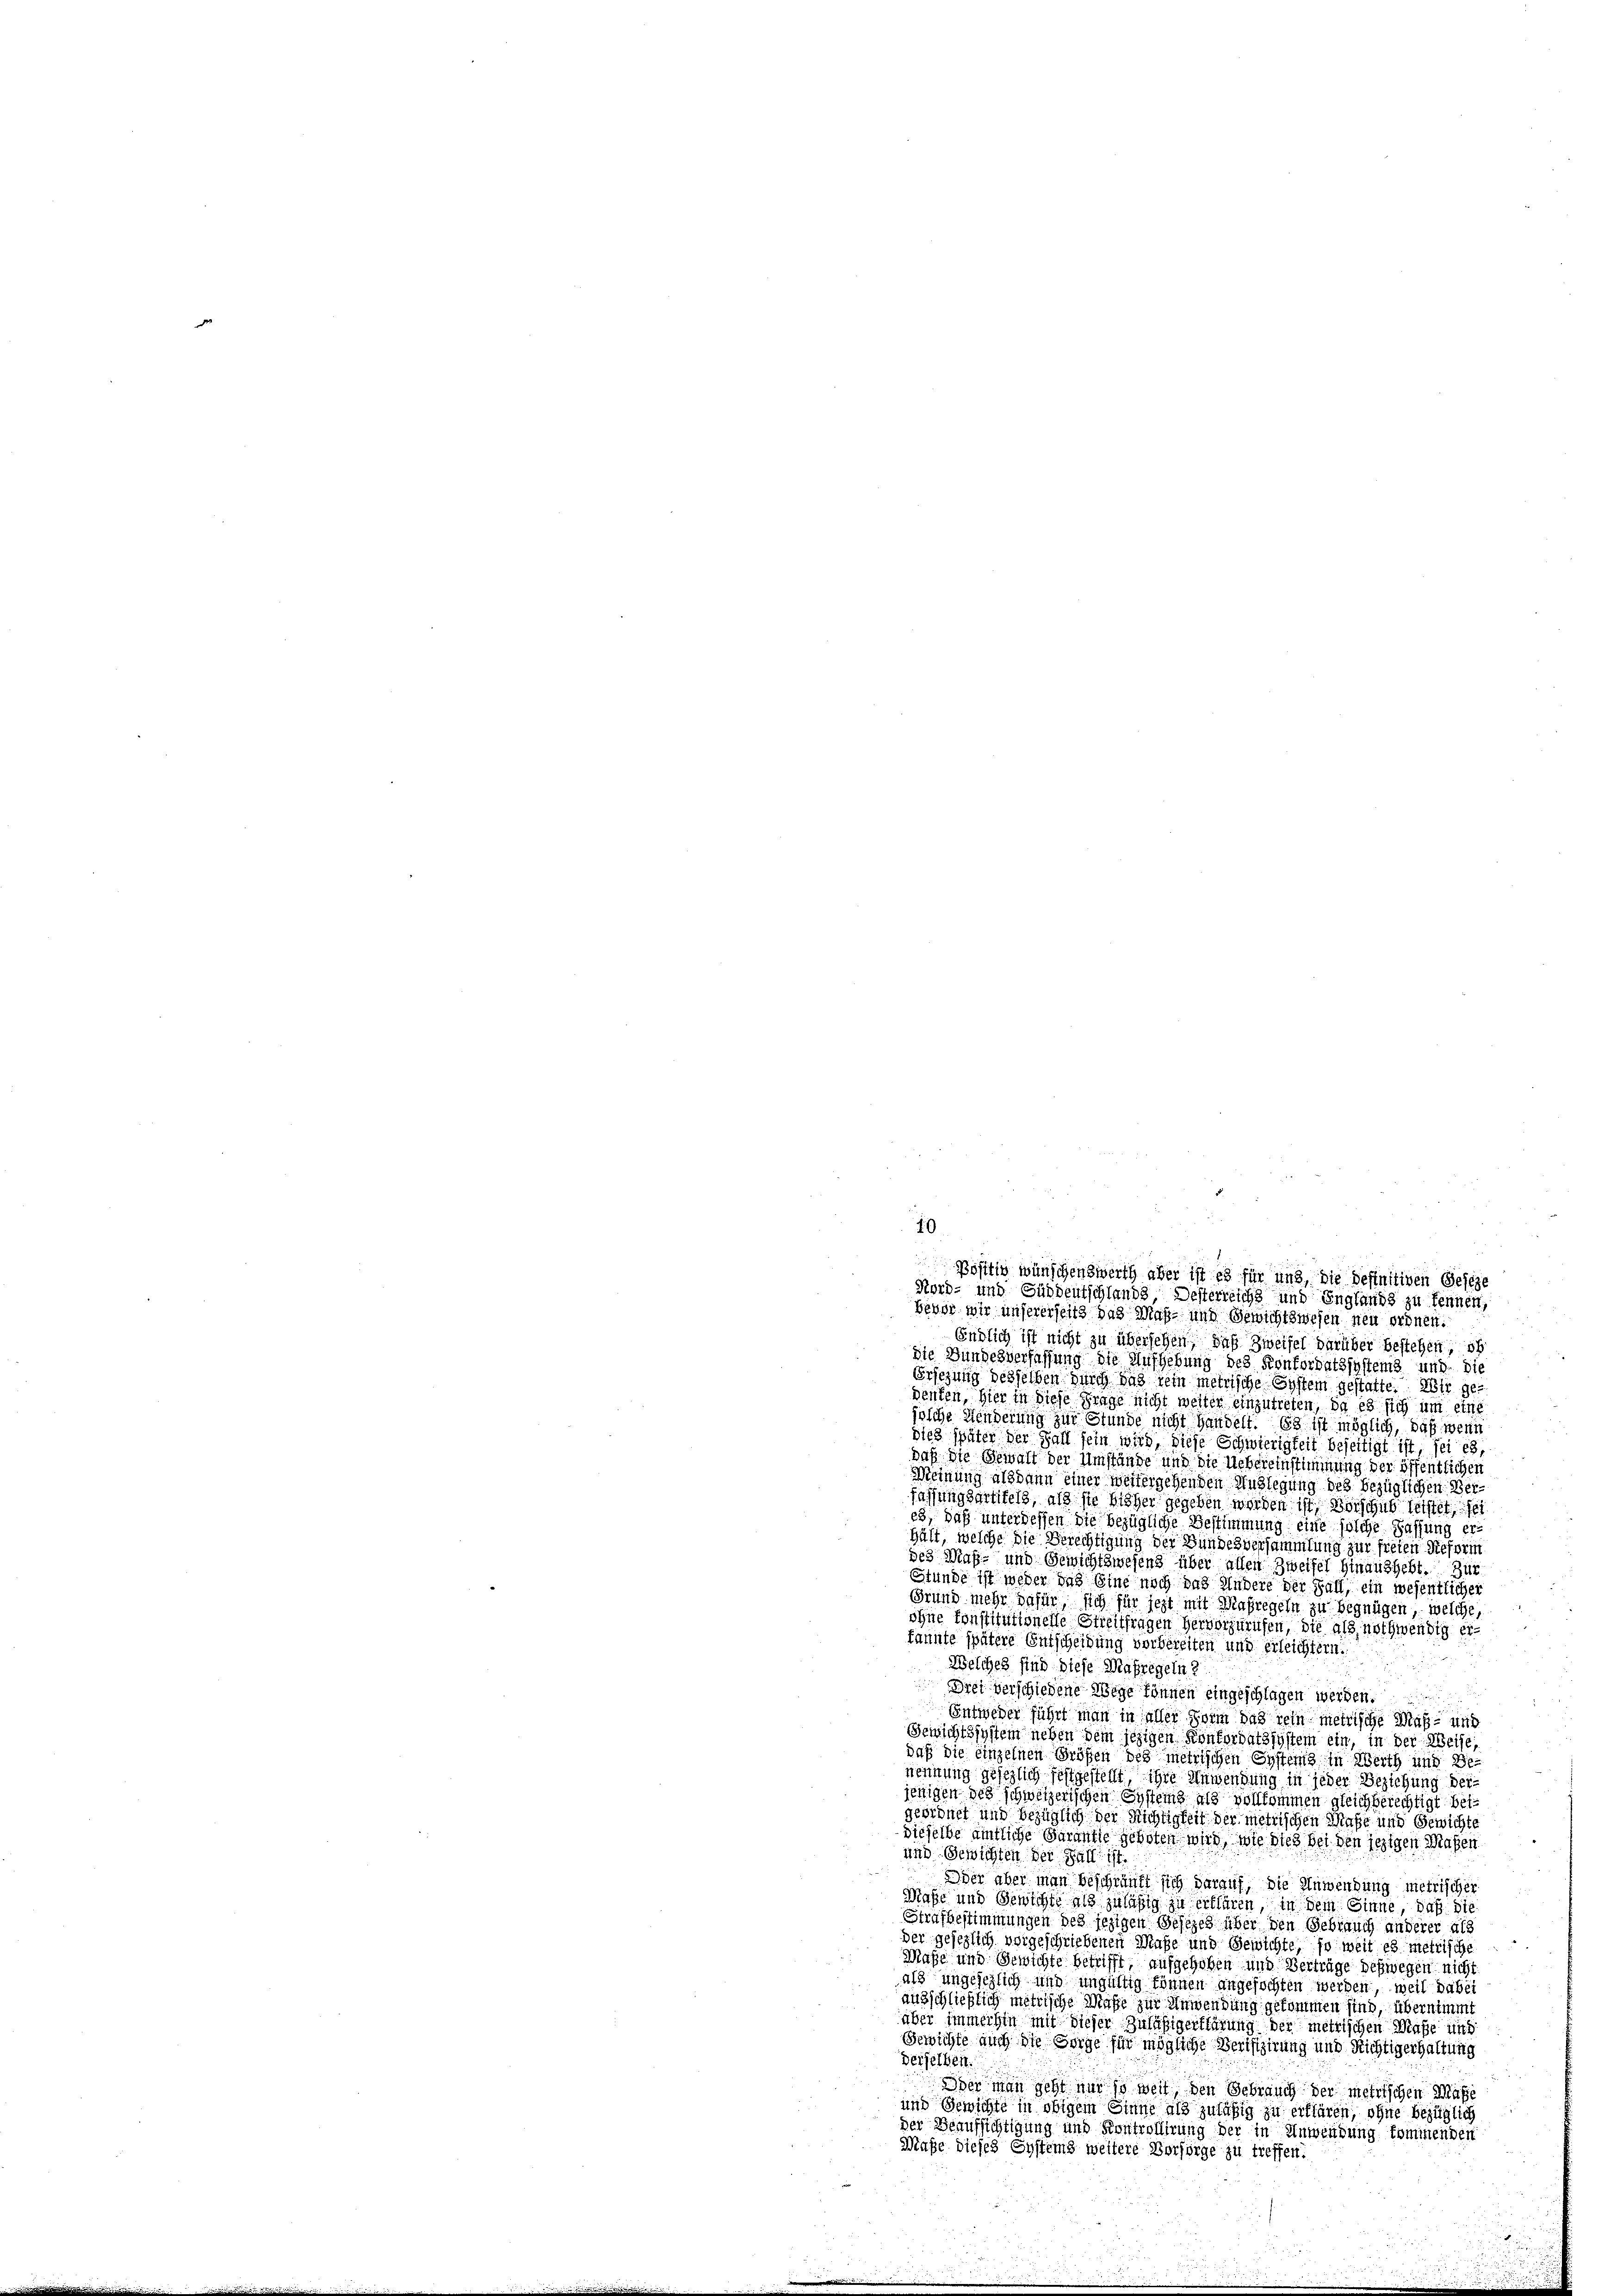
19
Endlich ist nicht zu übersehen, daß Zweifel darüber bestehen, ob
Die Gundesverfassung die Aufhebung des Konfordatssystems und die
Ersezung desselben durch bis kein metrische System gestatte. Wir gedenken, hier in diese Frage nicht weiter einzutreten, da es sich um eine
jolche Hinderung zur Stunde nicht Handelt. Es ist möglich, daß wenn
dies später der Fall sein wird, diese Schwierigkeit beseitigt ist, sei es,
Daß die Gewalt der Umstände und die Uebereinstimmung der öffentlichen
Meinung alsdann einer Weitergehenden Auslegung des bezüglichen Verfassungsartitels, als sie bisher gegeben worden ist, Vorschub leistet se
es, daß unter dessen die bezügliche Bestimmung eine solche Fassung erhält, welche die Berechtigung der Bundesversammlung zur freien Reform
des Maß- und Gewichtswesens über allen Zweifel hinaushebt. Zur
Stunde ist weder das Eine noch das Andere der Fall, ein wesentlicher
Grund mehr dafür, sich für jezt mit Maßregeln zu begnügen, welche,
ohne sonstitutionelle Streitfragen hervorzurufen, die als nothwendig er
kannte spätere Entscheidung vorbereiten und erleichtern.
Welches sind diese Maßregeln
Drei verschiedene Wege können eingeschlagen werden.
Entweder führt man in aller Form das rein metrische Maß- und
Gewichtssystem neben dem jezigen Konkordatssystem ein, in der Weise,
daß die einzelnen Größen des metrischen Systems in Werth und Benennung gesezlich festgestellt, ihre Anwendung in jeder Beziehung der
jenigen des schweizerischen Systems als vollkommen gleichberechtigt beigeordnet und bezüglich der Richtigkeit der metrischen Maße und Gewichte
dieselbe amtliche Garantie geboten wird, wie dies bei den jezigen Maßen
und Gewichten der Fall ist.
e
Oder aber man beschränkt sich darauf, die Anwendung metrischer
Maße und Gewichte als zuläßig zu erklären, in dem Sinne, daß sie
Strafbestimmungen des jezigen Gesezes über den Gebrauch anderer als
der gesezlich vorgeschriebenen Maße und Gewichte, so weit es metrische
Maße und Gewichte betrifft, aufgehoben und Verträge deßwegen nicht
als ungesezlich und ungültig können angefochten werden, weil dabei
ausschließlich metrische Maße zur Anwendung gekommen sind, übernimmt
über immerhin mit dieser Zuläßigerklärung der metrischen Maße und
Gewichte auch die Sorge für mögliche Verifizirung und Richtigerhaltung
Derselben.
Oder man geht nur so weit, den Gebrauch der metrischen Massi
und Gewichte in obigem Sinne als zuläßig zu erklären, ohne bezüglich
der Beaufsichtigung und Kontrollirung der in Anwendung kommenden
Maße dieses Eystems weitere Verfürge zu treffen:

Positiv wünschenswerth aber ist es für und, die Definitiven Geseze
Nord- und Süddeutschlands, Desterreichs und Englands zu kennen,
Bevor wir unsererseits das Maß- und Gewichtswesen neu ordnen: